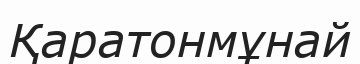
Қаратонмұнай